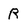
Character: R